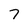
Character: 7